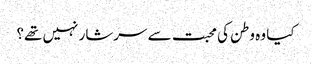
کیا وہ وطن کی محبت سے سرشار نہیں تھے؟